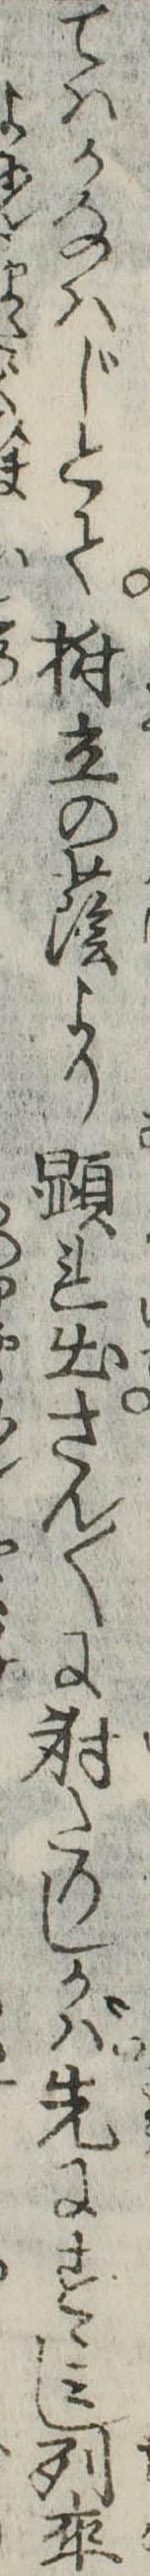
てはかなはじとて樹立の蔭より顕れ出さん〱に射たりしかば先にすゝみし列卒